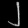
Digit: ၂